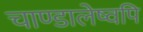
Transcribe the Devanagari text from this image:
चाण्डालेष्वपि